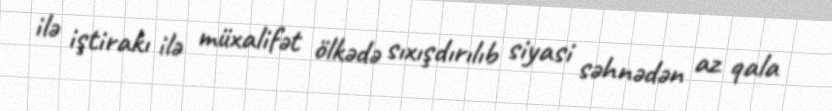
ilə iştirakı ilə müxalifət ölkədə sıxışdırılıb siyasi səhnədən az qala